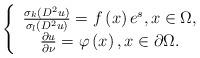
LaTeX: \begin{align*} \left\{ {\begin{array}{*{20}c} {\frac{\sigma _k( {D^2 u})}{\sigma _l( {D^2 u})} = f\left( x \right)e^s, x \in \Omega,} \\ {\frac{{\partial u}}{{\partial \nu}} = \varphi \left( x \right), x \in \partial \Omega.} \\\end{array}} \right.\end{align*}